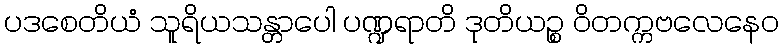
ပဒစေတိယံ သူရိယသန္တာပေါ ပဏ္ဍရာတိ ဒုတိယဉ္စ ဝိတက္ကဗလေနေဝ